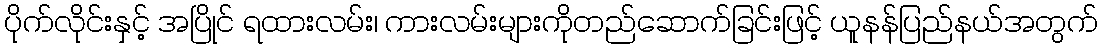
ပိုက်လိုင်းနှင့် အပြိုင် ရထားလမ်း၊ ကားလမ်းများကိုတည်ဆောက်ခြင်းဖြင့် ယူနန်ပြည်နယ်အတွက်